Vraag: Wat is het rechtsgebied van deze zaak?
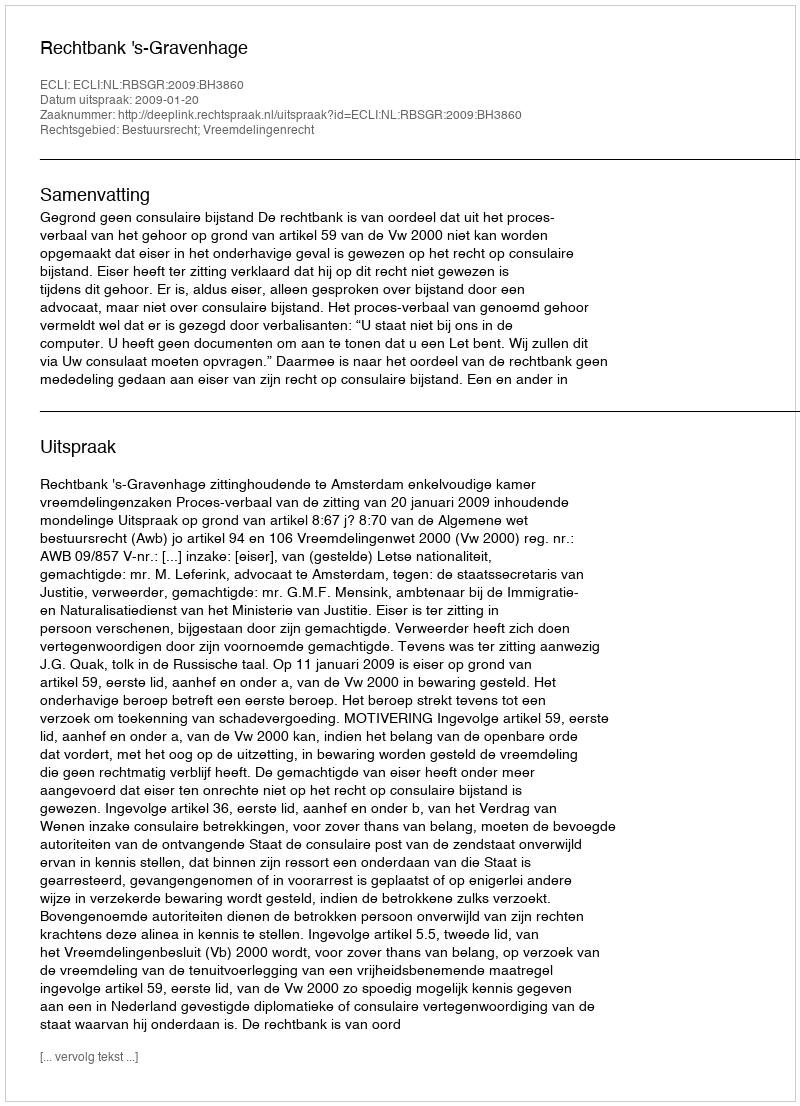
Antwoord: Bestuursrecht; Vreemdelingenrecht